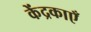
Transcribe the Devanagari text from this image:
केंद्रकाएँ